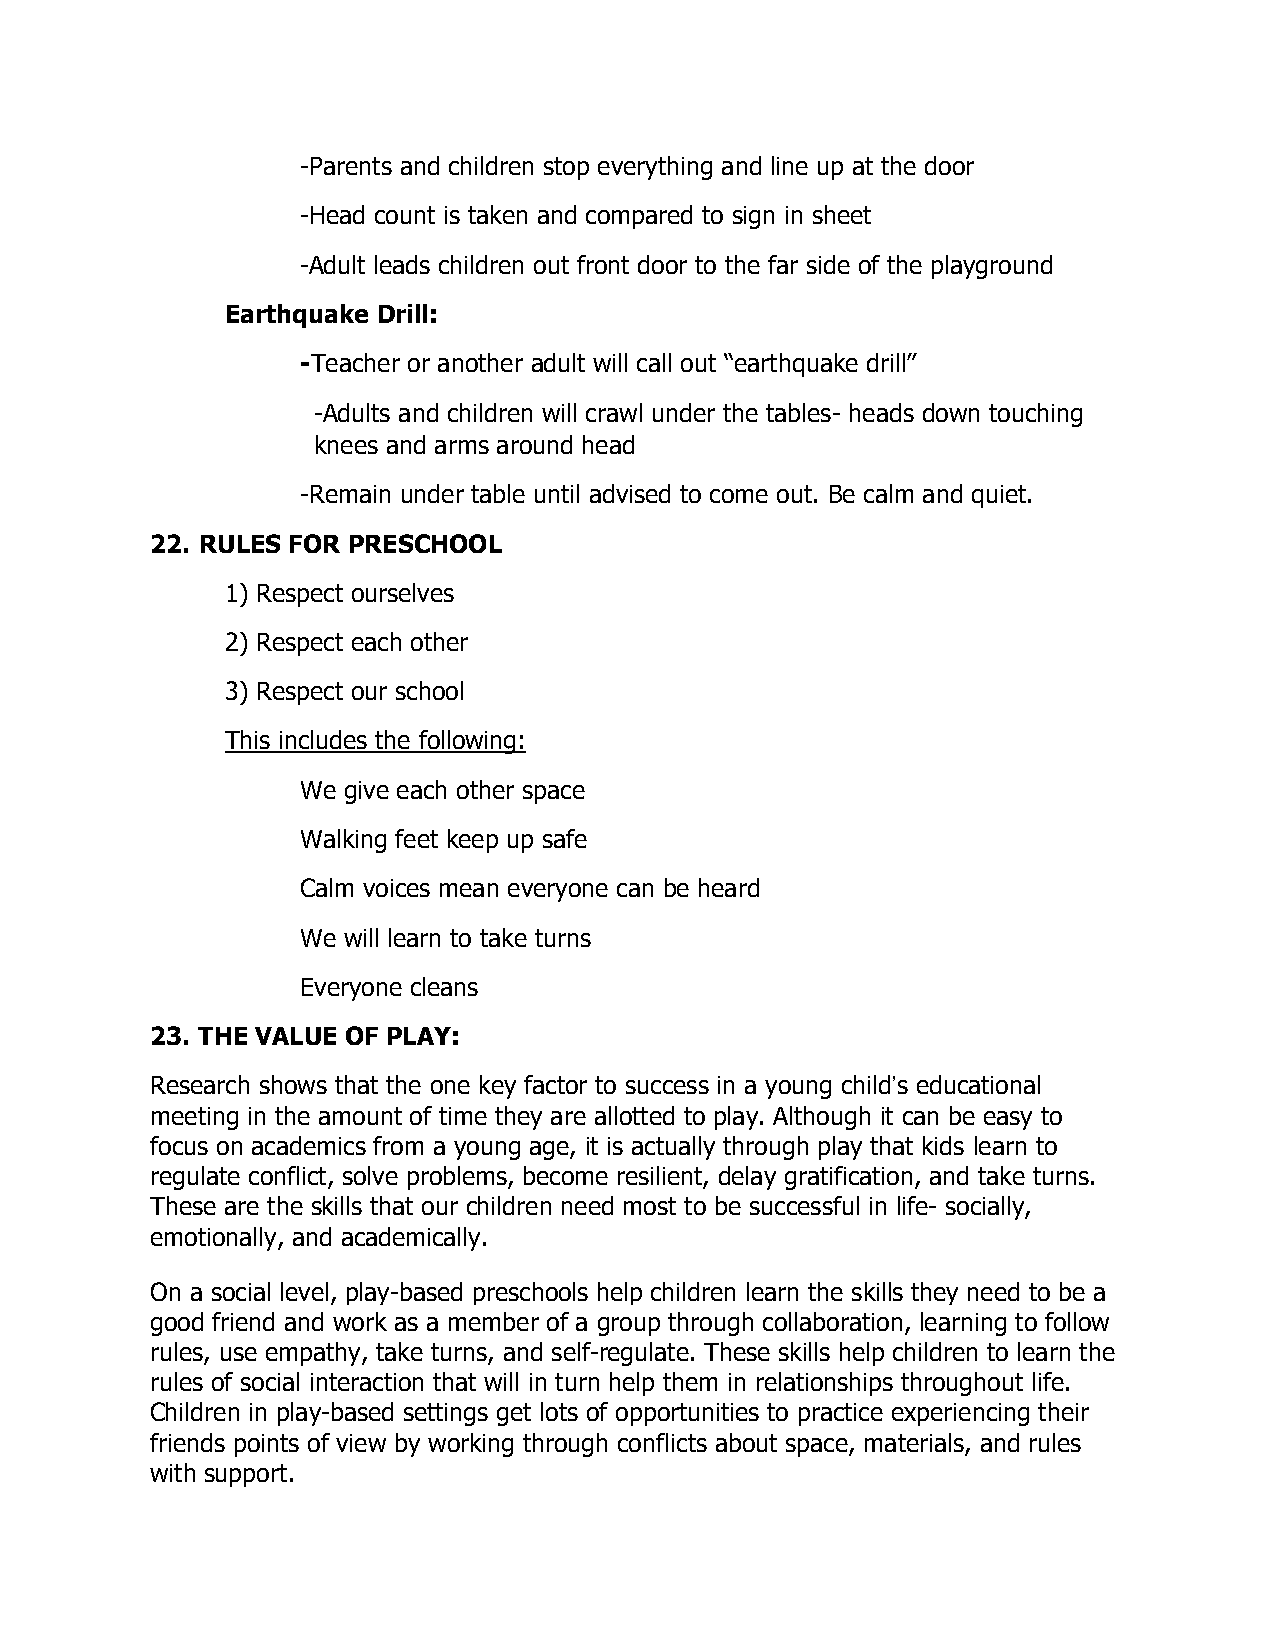
-Parents and children stop everything and line up at the door
 -Head count is taken and compared to sign in sheet
 -Adult leads children out front door to the far side of the playground
 Earthquake Drill:
 -Teacher or another adult will call out “earthquake drill”
 -Adults and children will crawl under the tables- heads down touching
 knees and arms around head
 -Remain under table until advised to come out. Be calm and quiet.
 22. RULES FOR PRESCHOOL
 1) Respect ourselves
 2) Respect each other
 3) Respect our school
 This includes the following:
 We give each other space
 Walking feet keep up safe
 Calm voices mean everyone can be heard
 We will learn to take turns
 Everyone cleans
 23. THE VALUE OF PLAY:
 Research shows that the one key factor to success in a young child’s educational
 meeting in the amount of time they are allotted to play. Although it can be easy to
 focus on academics from a young age, it is actually through play that kids learn to
 regulate conflict, solve problems, become resilient, delay gratification, and take turns.
 These are the skills that our children need most to be successful in life- socially,
 emotionally, and academically.
 On a social level, play-based preschools help children learn the skills they need to be a
 good friend and work as a member of a group through collaboration, learning to follow
 rules, use empathy, take turns, and self-regulate. These skills help children to learn the
 rules of social interaction that will in turn help them in relationships throughout life.
 Children in play-based settings get lots of opportunities to practice experiencing their
 friends points of view by working through conflicts about space, materials, and rules
 with support.